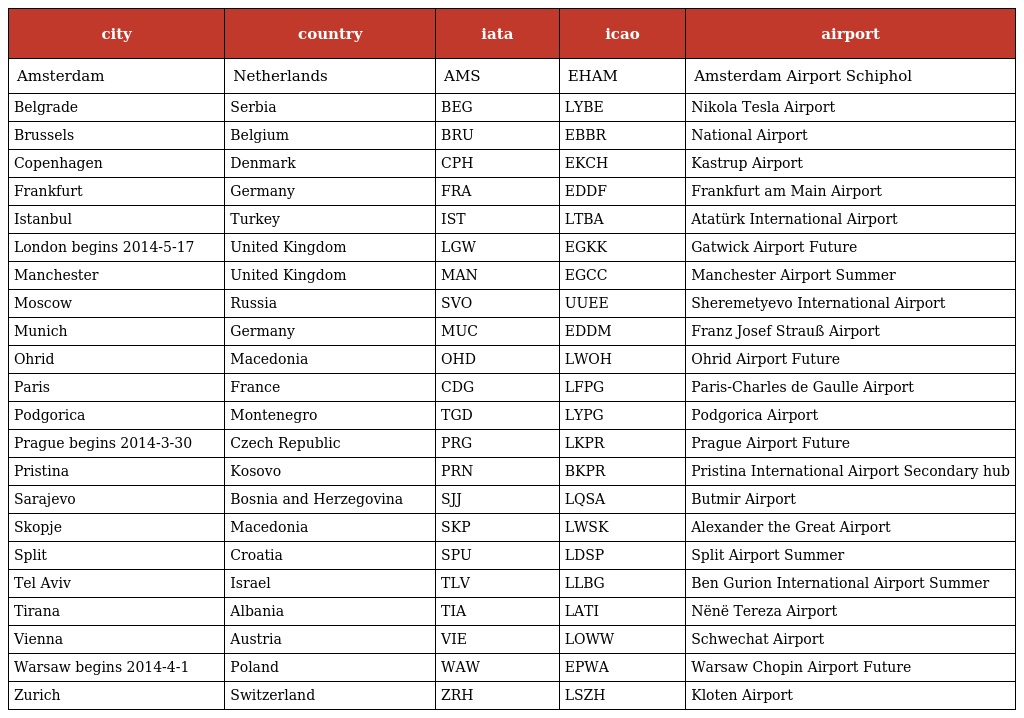
| city | country | iata | icao | airport |
 | --- | --- | --- | --- | --- |
 | Amsterdam | Netherlands | AMS | EHAM | Amsterdam Airport Schiphol |
 | Belgrade | Serbia | BEG | LYBE | Nikola Tesla Airport |
 | Brussels | Belgium | BRU | EBBR | National Airport |
 | Copenhagen | Denmark | CPH | EKCH | Kastrup Airport |
 | Frankfurt | Germany | FRA | EDDF | Frankfurt am Main Airport |
 | Istanbul | Turkey | IST | LTBA | Atatürk International Airport |
 | London begins 2014-5-17 | United Kingdom | LGW | EGKK | Gatwick Airport Future |
 | Manchester | United Kingdom | MAN | EGCC | Manchester Airport Summer |
 | Moscow | Russia | SVO | UUEE | Sheremetyevo International Airport |
 | Munich | Germany | MUC | EDDM | Franz Josef Strauß Airport |
 | Ohrid | Macedonia | OHD | LWOH | Ohrid Airport Future |
 | Paris | France | CDG | LFPG | Paris-Charles de Gaulle Airport |
 | Podgorica | Montenegro | TGD | LYPG | Podgorica Airport |
 | Prague begins 2014-3-30 | Czech Republic | PRG | LKPR | Prague Airport Future |
 | Pristina | Kosovo | PRN | BKPR | Pristina International Airport Secondary hub |
 | Sarajevo | Bosnia and Herzegovina | SJJ | LQSA | Butmir Airport |
 | Skopje | Macedonia | SKP | LWSK | Alexander the Great Airport |
 | Split | Croatia | SPU | LDSP | Split Airport Summer |
 | Tel Aviv | Israel | TLV | LLBG | Ben Gurion International Airport Summer |
 | Tirana | Albania | TIA | LATI | Nënë Tereza Airport |
 | Vienna | Austria | VIE | LOWW | Schwechat Airport |
 | Warsaw begins 2014-4-1 | Poland | WAW | EPWA | Warsaw Chopin Airport Future |
 | Zurich | Switzerland | ZRH | LSZH | Kloten Airport |